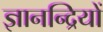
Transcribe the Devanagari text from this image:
ज्ञानन्द्रियों